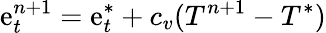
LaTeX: \mathrm{e}_{t}^{n+1}=\mathrm{e}_{t}^{*}+c_{v}(T^{n+1}-T^{*})